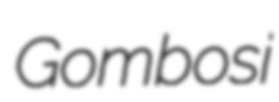
Gombosi